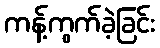
ကန့်ကွက်ခဲ့ခြင်း